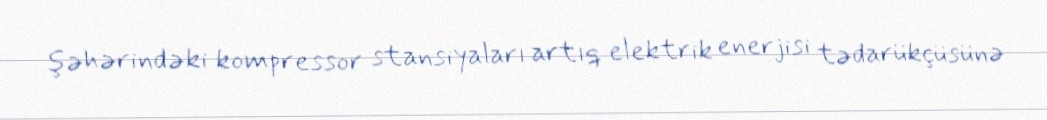
şəhərindəki kompressor stansiyaları artıq elektrik enerjisi tədarükçüsünə